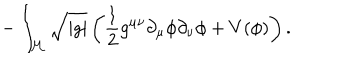
- \int _ { \cal M } \sqrt { \left| g \right| } \left( \frac { 1 } { 2 } g ^ { \mu \nu } \partial _ { \mu } \phi \partial _ { \nu } \phi + V ( \phi ) \right) .